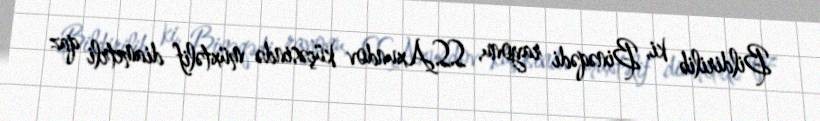
Bildirilib ki, Binəqədi rayonu, S.S.Axundov küçəsində müxtəlif diametrli qaz